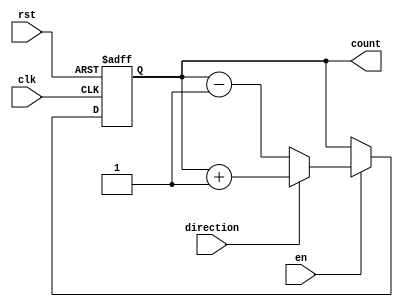
module UpDownCounter (
    input wire clk,
    input wire rst,
    input wire en,
    input wire direction,
    output reg [3:0] count
);

always @(posedge clk or posedge rst) begin
    if (rst) begin
        count <= 4'b0000;
    end else if (en) begin
        if (direction) begin
            count <= count + 1;
        end else begin
            count <= count - 1;
        end
    end
end

endmodule